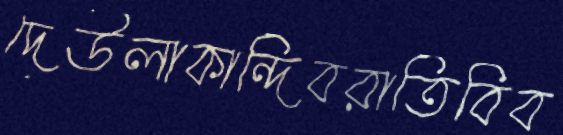
দেউলাকান্দিবরাতিবিব